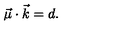
\vec { \mu } \cdot \vec { k } = d .